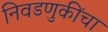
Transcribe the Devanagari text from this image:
निवडणुकींचा